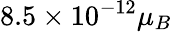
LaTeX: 8.5\times 10^{-12}\mu_{B}